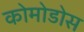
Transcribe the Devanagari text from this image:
कोमोडोस